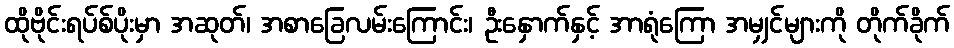
ထိုဗိုင်းရပ်စ်ပိုးမှာ အဆုတ်၊ အစာခြေလမ်းကြောင်း၊ ဦးနှောက်နှင့် အာရုံကြော အမျှင်များကို တိုက်ခိုက်